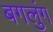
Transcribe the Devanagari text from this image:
बगलुंग